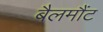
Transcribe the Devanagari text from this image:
बैलमौंट